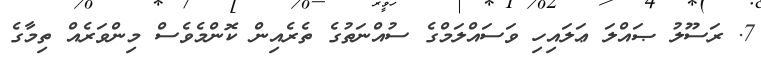
7. ރަސޫލު ޞައްލަ ޢަލައިހި ވަސައްލަމްގެ ސުއްނަތުގެ ތެރެއިން ކޮންމެވެސް މިންވަރެއް ތިމާގެ